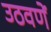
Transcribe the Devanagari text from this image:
उठवणें